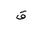
Letter: _qaf